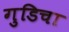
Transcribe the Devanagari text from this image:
गुडिचा